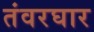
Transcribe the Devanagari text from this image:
तंवरघार